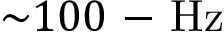
{ \sim } 1 0 0 \mathrm { ~ - ~ } \mathrm { H z }